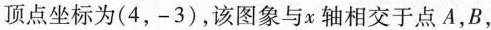
顶点坐标为(4，-3)，该图象与x轴相交于点A，B，